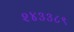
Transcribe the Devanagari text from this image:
२४३३८९